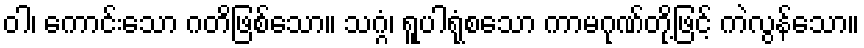
ဝါ၊ ကောင်းသော ဂတိဖြစ်သော။ သဂ္ဂံ၊ ရူပါရုံစသော ကာမဂုဏ်တို့ဖြင့် ကဲလွန်သော။